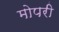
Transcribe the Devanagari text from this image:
मोपरी